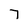
Character: 7